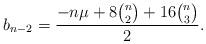
LaTeX: \begin{align*}b_{n-2}=\frac{-n\mu +8{n \choose 2}+16{n \choose 3}}{2}.\end{align*}